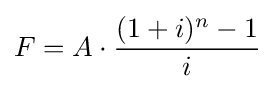
F=A\cdot {\frac {(1+i)^{n}-1}{i}}